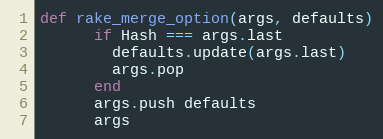
Language: Ruby
def rake_merge_option(args, defaults)
      if Hash === args.last
        defaults.update(args.last)
        args.pop
      end
      args.push defaults
      args